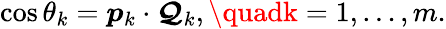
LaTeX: \cos\theta_{k}=\boldsymbol{p}_{k}\cdot\boldsymbol{\mathcal{Q}}_{k},\quadk=1,\dots,m.